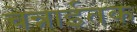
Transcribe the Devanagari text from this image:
चेन्नाईतक